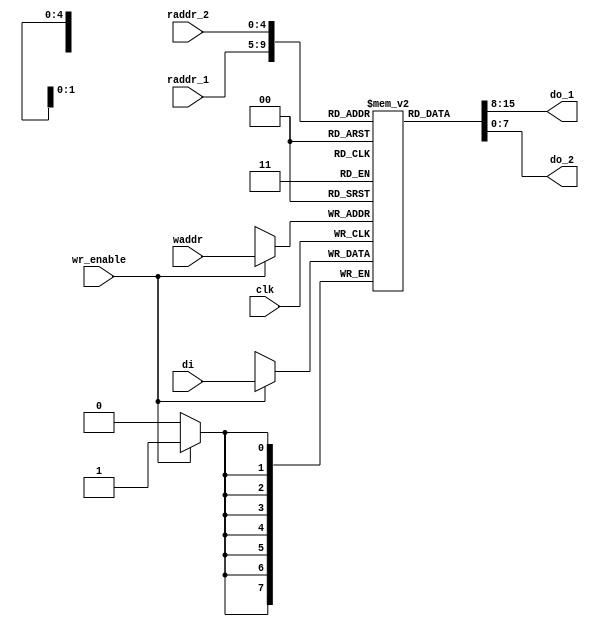
module reg_file_1 #(parameter word_sz = 8, addr_sz = 5)
	(output [word_sz-1:0] do_1, do_2, input [word_sz-1:0]di,
		input [addr_sz-1:0] raddr_1, raddr_2, waddr,
		input wr_enable, clk);
	parameter reg_ct = 2**addr_sz;
	reg [word_sz-1:0] file [reg_ct-1:0];
	assign do_1 = file[raddr_1];
	assign do_2 = file[raddr_2];
	always @(posedge clk)
		if (wr_enable)
			file[waddr] <= di;
endmodule